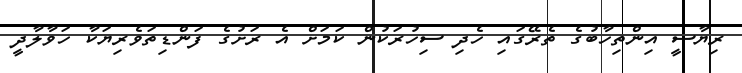
ރިޔާސީ އިންތިހާބުގެ ތެރޭގައި ހެދި ސިހުރަކުން ކަމަށް އެ ރަށުގެ ފަންޑިތަވެރިޔަކާ ހަވާލާދީ